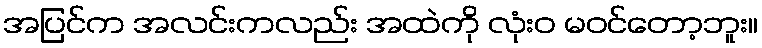
အပြင်က အလင်းကလည်း အထဲကို လုံးဝ မဝင်တော့ဘူး။